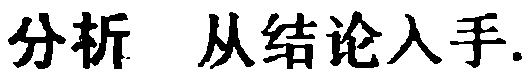
分析 从结论入手.